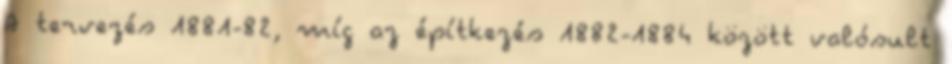
A tervezés 1881-82, míg az építkezés 1882-1884 között valósult